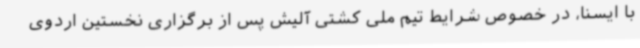
با ایسنا، در خصوص شرایط تیم ملی کشتی آلیش پس از برگزاری نخستین اردوی